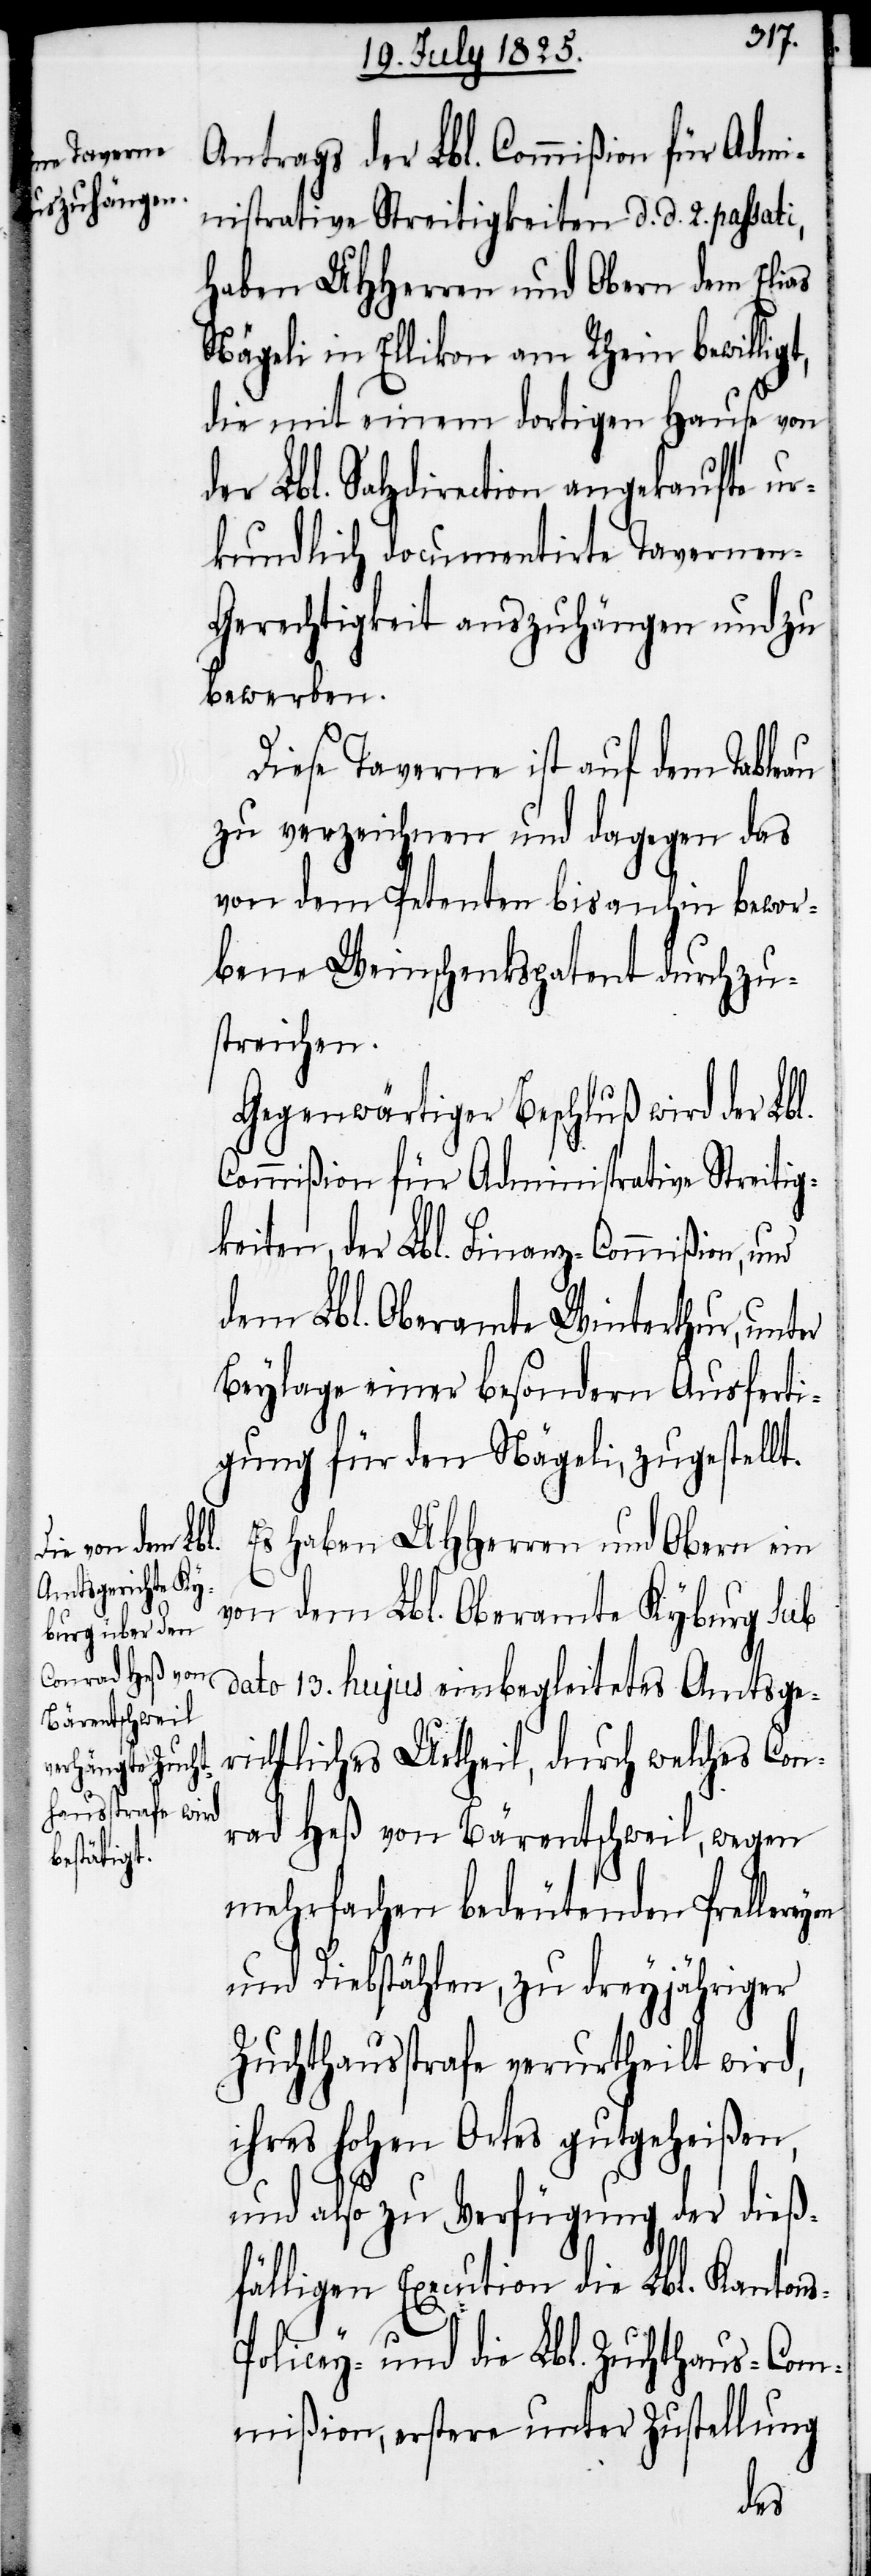
Zuchthaus-Co¬

Antrags der Lbl. Commißion für Admi¬
nistrative Streitigkeiten d. d. 2. passati,
haben UHHerren und Obern dem Elias
Nägeli in Ellikon am Rhein bewilligt,
die mit einem dortigen Hause von
der Lbl. Salzdirection angekaufte ur¬
kundlich documentirte Tavernen-G¬
erechtigkeit auszuhängen und zu
bewerben.
Diese Taverne ist auf dem Tableau
zu verzeichnen und dagegen das
von dem Petenten bis anhin bewor¬
bene Weinschenkspatent durchzu¬
streichen.
Gegenwärtiger Beschluß wird der Lbl.
Commißion für Administrative Streitig¬
keiten, der Lbl. Finanz-Commißion, und
dem Lbl. Oberamte Winterthur, unter
Beylage einer besondern Ausferti¬
gung für den Nägeli, zugestellt.
Es haben UHHerren und Obern ein
von dem Lbl. Oberamte Kyburg Sub
dato 13. hujus einbegleitetes Amtsge¬
richtliches Urtheil, durch welches Con¬
rad Heß von Bärentschweil, wegen
mehrfachen bedeutenden Prellere¬
und Diebstählen, zu dreyjähriger
Zuchthausstrafe verurtheilt wird,
ihres hohen Ortes gutgeheißen,
und also zu Verfügung der dieß¬
fälligen Execution die Lbl. Kanton¬
mmißion, erstere unter Zustellung
yen